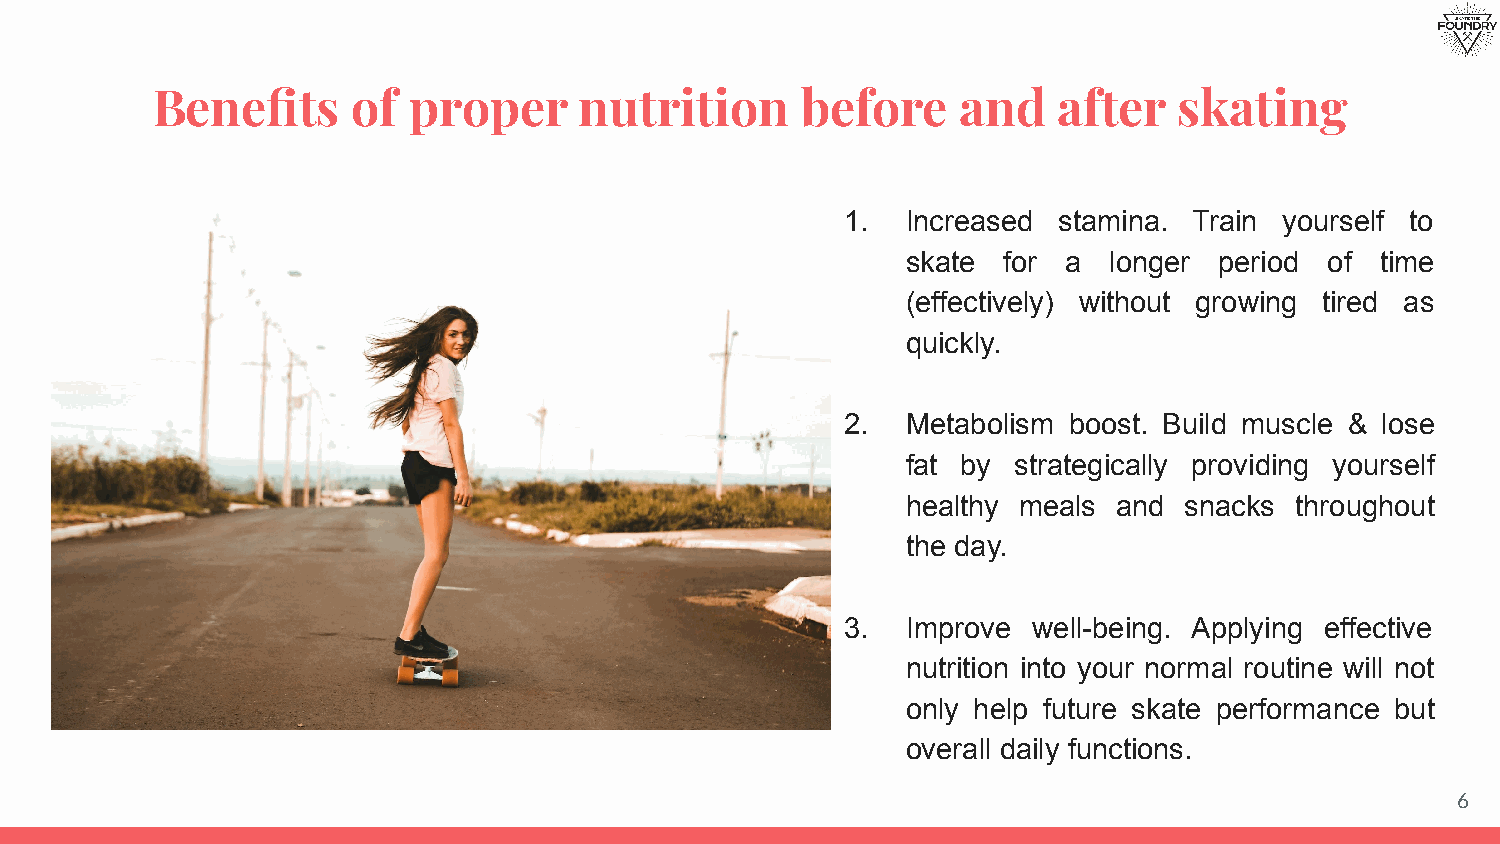
Benefits     of  proper     nutrition      before     and   after   skating
 1.  Increased stamina. Train yourself to
 skate for  a longer  period of time
 (effectively) without growing tired as
 quickly.
 2.  Metabolism boost. Build muscle & lose
 fat by strategically providing yourself
 healthy meals and snacks  throughout
 the day.
 3.  Improve well-being. Applying effective
 nutrition into your normal routine will not
 only help future skate performance but
 overall daily functions.
 6